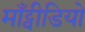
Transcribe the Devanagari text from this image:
माँट्वीडियो